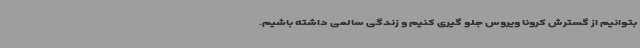
بتوانیم از گسترش کرونا ویروس جلو گیری کنیم و زندگی سالمی داشته باشیم.